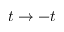
t \to - t